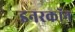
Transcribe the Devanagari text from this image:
इनरकॉन